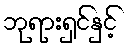
ဘုရားရှင်နှင့်